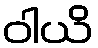
ဝါယိ